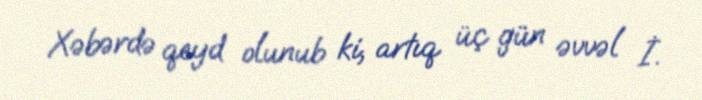
Xəbərdə qeyd olunub ki, artıq üç gün əvvəl İ.